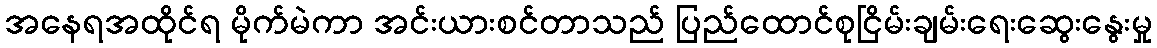
အနေရအထိုင်ရ မိုက်မဲကာ အင်းယားစင်တာသည် ပြည်ထောင်စုငြိမ်းချမ်းရေးဆွေးနွေးမှု